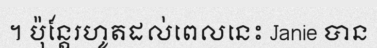
។ ប៉ុន្តែរហូតដល់ពេលនេះ Janie បាន